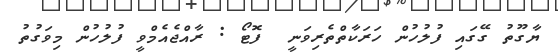
ޔާގޫތު ގޭގައި ފުލުހުން ހަރަކާތްތެރިވަނީ  ފޮޓޯ : ރާއްޖެއެމްވީ ފުލުހުން މިވަގުތު